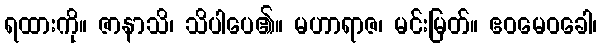
ရထားကို။ ဇာနာသိ၊ သိပါပေ၏။ မဟာရာဇ၊ မင်းမြတ်။ ဧဝမေဝခေါ၊